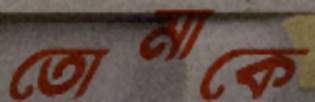
তোমাকে